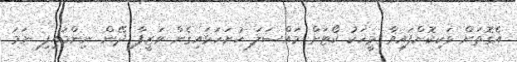
އެގޮތަށް ވަކިކޮށްފައިވާ މީހަކު ކޯޓަށް މައްސަލަ ހުށަހަޅައިގެން ވަޒީފާ ދޭން ނިންމައިފި ނަމަ